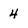
Character: 4